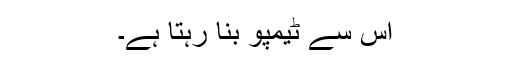
اس سے ٹیمپو بنا رہتا ہے۔